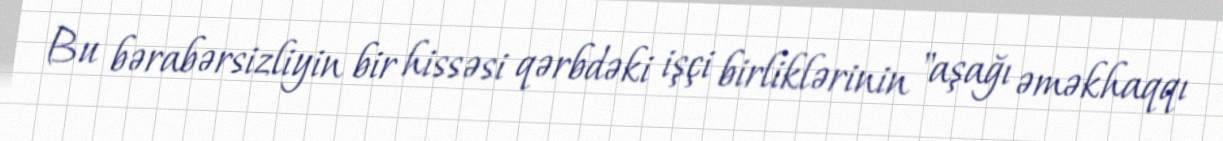
Bu bərabərsizliyin bir hissəsi qərbdəki işçi birliklərinin "aşağı əməkhaqqı